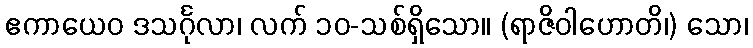
ဧကာယေဝ ဒသင်္ဂုလာ၊ လက် ၁၀-သစ်ရှိသော။ (ရာဇိဝါဟောတိ၊) သော၊